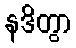
နဒိတွာ